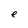
Character: e